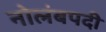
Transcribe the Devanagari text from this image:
नोलंबपदी